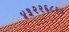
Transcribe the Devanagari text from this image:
४३२२६८२०